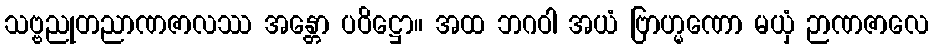
သဗ္ဗညုတညာဏဇာလဿ အန္တော ပဝိဋ္ဌော။ အထ ဘဂဝါ အယံ ဗြာဟ္မဏော မယှံ ဉာဏဇာလေ